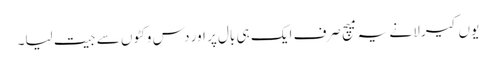
یوں کیرلا نے یہ میچ صرف ایک ہی بال پر اور دس وکٹوں سے جیت لیا۔